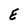
Character: E